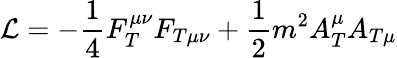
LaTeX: {\cal L}=-\frac 14F_{T}^{\mu\nu}F_{T\mu\nu}+\frac 12m^{2}A_{T}^{\mu}A_{T\mu}